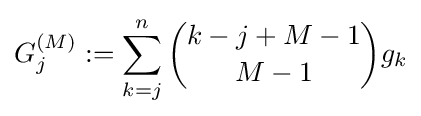
G_{j}^{(M)}:=\sum _{k=j}^{n}{k-j+M-1 \choose M-1}g_{k}